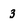
Character: 3